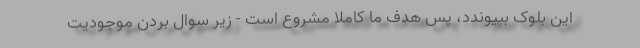
این بلوک بپیوندد، پس هدف ما کاملاً مشروع است - زیر سوال بردن موجودیت